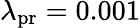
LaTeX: \lambda_{\mathrm{pr}}=0.001